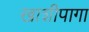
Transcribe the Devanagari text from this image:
खाशीपागा